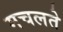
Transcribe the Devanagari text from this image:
मचलते